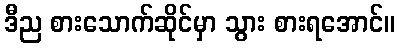
ဒီည စားသောက်ဆိုင်မှာ သွား စားရအောင်။